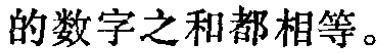
的数字之和都相等。